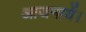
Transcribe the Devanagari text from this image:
आजमायें।